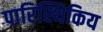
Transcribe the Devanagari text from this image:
पारिस्थिकिय